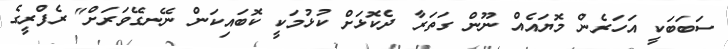
ސަބަބަކީ އަހަރެން މޮޔައެއް ނޫން ގަތަރާ ދެކޮޅަށް ކުޅުމަކީ ކޮބައިކަން ނޭނގޭވަރަށް" ރެފްރީގެ